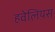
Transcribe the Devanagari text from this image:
हवेलियस